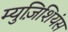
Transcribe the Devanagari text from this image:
म्युज़िशियंस